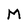
Character: M